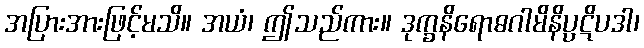
အပြားအားဖြင့်မသိ။ အယံ၊ ဤသည်ကား။ ဒုက္ခနိရောဓဂါမိနိပ္ပဋိပဒါ၊